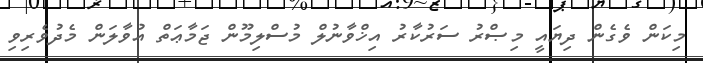
މިކަން ވެގެން ދިޔައީ މިޞްރު ސަރުކާރު އިޚްވާނުލް މުސްލިމޫން ޖަމާޢަތް އުވާލަން މެދުވެރިވި